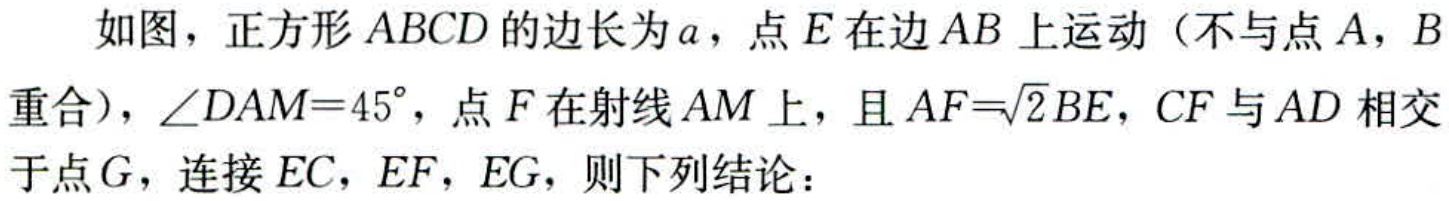
如图，正方形\(ABCD\)的边长为\(a\)，点\(E\)在边\(AB\)上运动（不与点\(A\)，\(B\)
重合），\(\angle DAM = 45^{\circ}\)，点\(F\)在射线\(AM\)上，且\(AF = \sqrt{2}BE\)，\(CF\)与\(AD\)相交
于点\(G\)，连接\(EC\)，\(EF\)，\(EG\)，则下列结论：